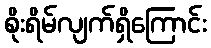
စိုးရိမ်လျက်ရှိကြောင်း